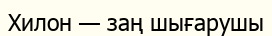
Хилон — заң шығарушы